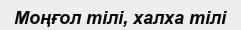
Моңғол тілі, халха тілі